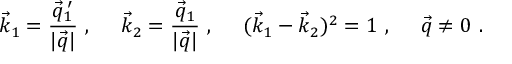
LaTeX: \vec { k } _ { 1 } = \frac { \vec { q } _ { 1 } ^ { \: \prime } } { | \vec { q } | } ~ , \ \ \ \ \vec { k } _ { 2 } = \frac { \vec { q } _ { 1 } } { | \vec { q } | } ~ , \ \ \ \ ( \vec { k } _ { 1 } - \vec { k } _ { 2 } ) ^ { 2 } = 1 ~ , \ \ \ \ \vec { q } \neq 0 ~ .